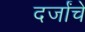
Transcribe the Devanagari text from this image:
दर्जांचे